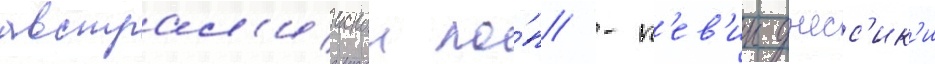
австрал'иискои по́п/ -п'ев'ицы джесс'ик'и